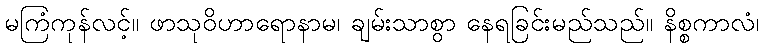
မကြံကုန်လင့်။ ဖာသုဝိဟာရောနာမ၊ ချမ်းသာစွာ နေရခြင်းမည်သည်။ နိစ္စကာလံ၊